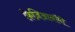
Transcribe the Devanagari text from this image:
फ़िज़िआनॉमी